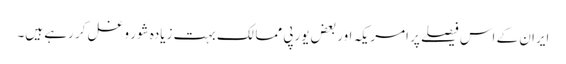
ایران کے اس فیصلے پر امریکہ اور بعض یورپی ممالک بہت زیادہ شور و غل کر رہے ہیں۔